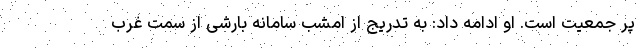
پر جمعیت است. او ادامه داد: به تدریج از امشب سامانه بارشی از سمت غرب